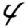
Digit: 4